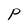
Character: P